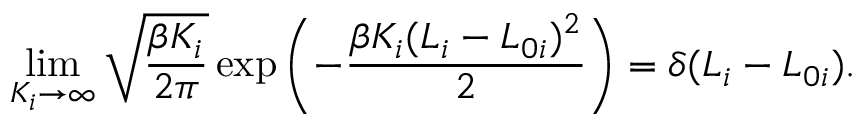
\operatorname* { l i m } _ { K _ { i } \rightarrow \infty } \sqrt { \frac { \beta K _ { i } } { 2 \pi } } \exp { \left( - \frac { \beta K _ { i } ( L _ { i } - L _ { 0 i } ) ^ { 2 } } { 2 } \right) } = \delta ( L _ { i } - L _ { 0 i } ) .